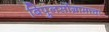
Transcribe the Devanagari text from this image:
बिपुलसोंग्रामाचा